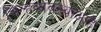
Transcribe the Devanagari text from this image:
चिन्हव्यवस्थाआहे